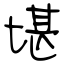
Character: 堪